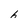
Character: 6